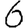
Digit: 6